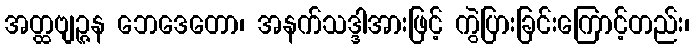
အတ္ထဗျဉ္ဇန ဘေဒေတော၊ အနက်သဒ္ဒါအားဖြင့် ကွဲပြားခြင်းကြောင့်တည်း၊